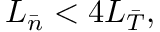
L _ { \bar { n } } < 4 L _ { \bar { T } } ,